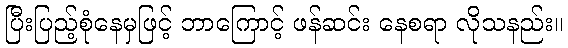
ပြီးပြည့်စုံနေမှဖြင့် ဘာကြောင့် ဖန်ဆင်း နေစရာ လိုသနည်း။